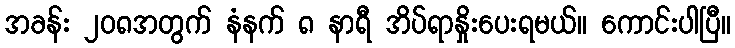
အခန်း ၂၀၈အတွက် နံနက် ၈ နာရီ အိပ်ရာနှိုးပေးရမယ်။ ကောင်းပါပြီ။